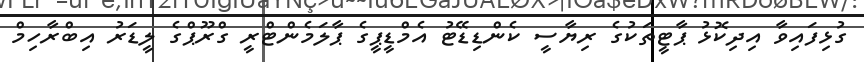
ގުޅިފައިވާ އިދިކޮޅު ޕާޓީތަކުގެ ރިޔާސީ ކެންޑިޑޭޓު އެމްޑީޕީގެ ޕާލަމެންޓްރީ ގްރޫޕްގެ ލީޑަރު އިބްރާހިމް